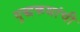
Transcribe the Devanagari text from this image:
युद्धकथांची